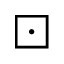
\boxdot